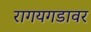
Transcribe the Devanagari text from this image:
रागयगडावर